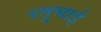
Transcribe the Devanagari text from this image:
रतुभाई